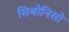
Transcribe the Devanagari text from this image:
सिबोनिसो